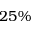
2 5 \%